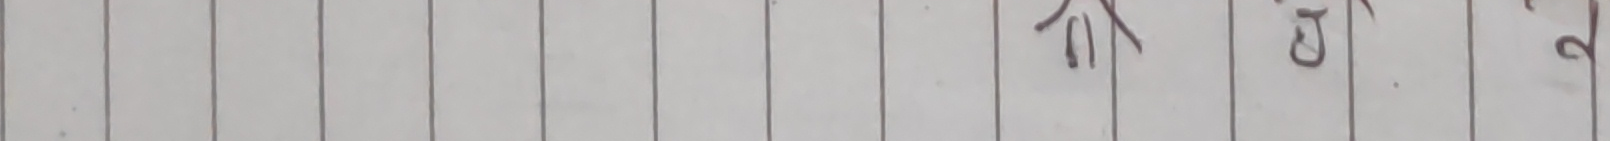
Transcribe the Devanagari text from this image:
मा ० २